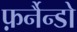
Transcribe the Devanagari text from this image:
फ़र्नैन्डो